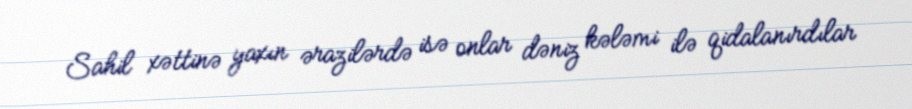
Sahil xəttinə yaxın ərazilərdə isə onlar dəniz kələmi ilə qidalanırdılar